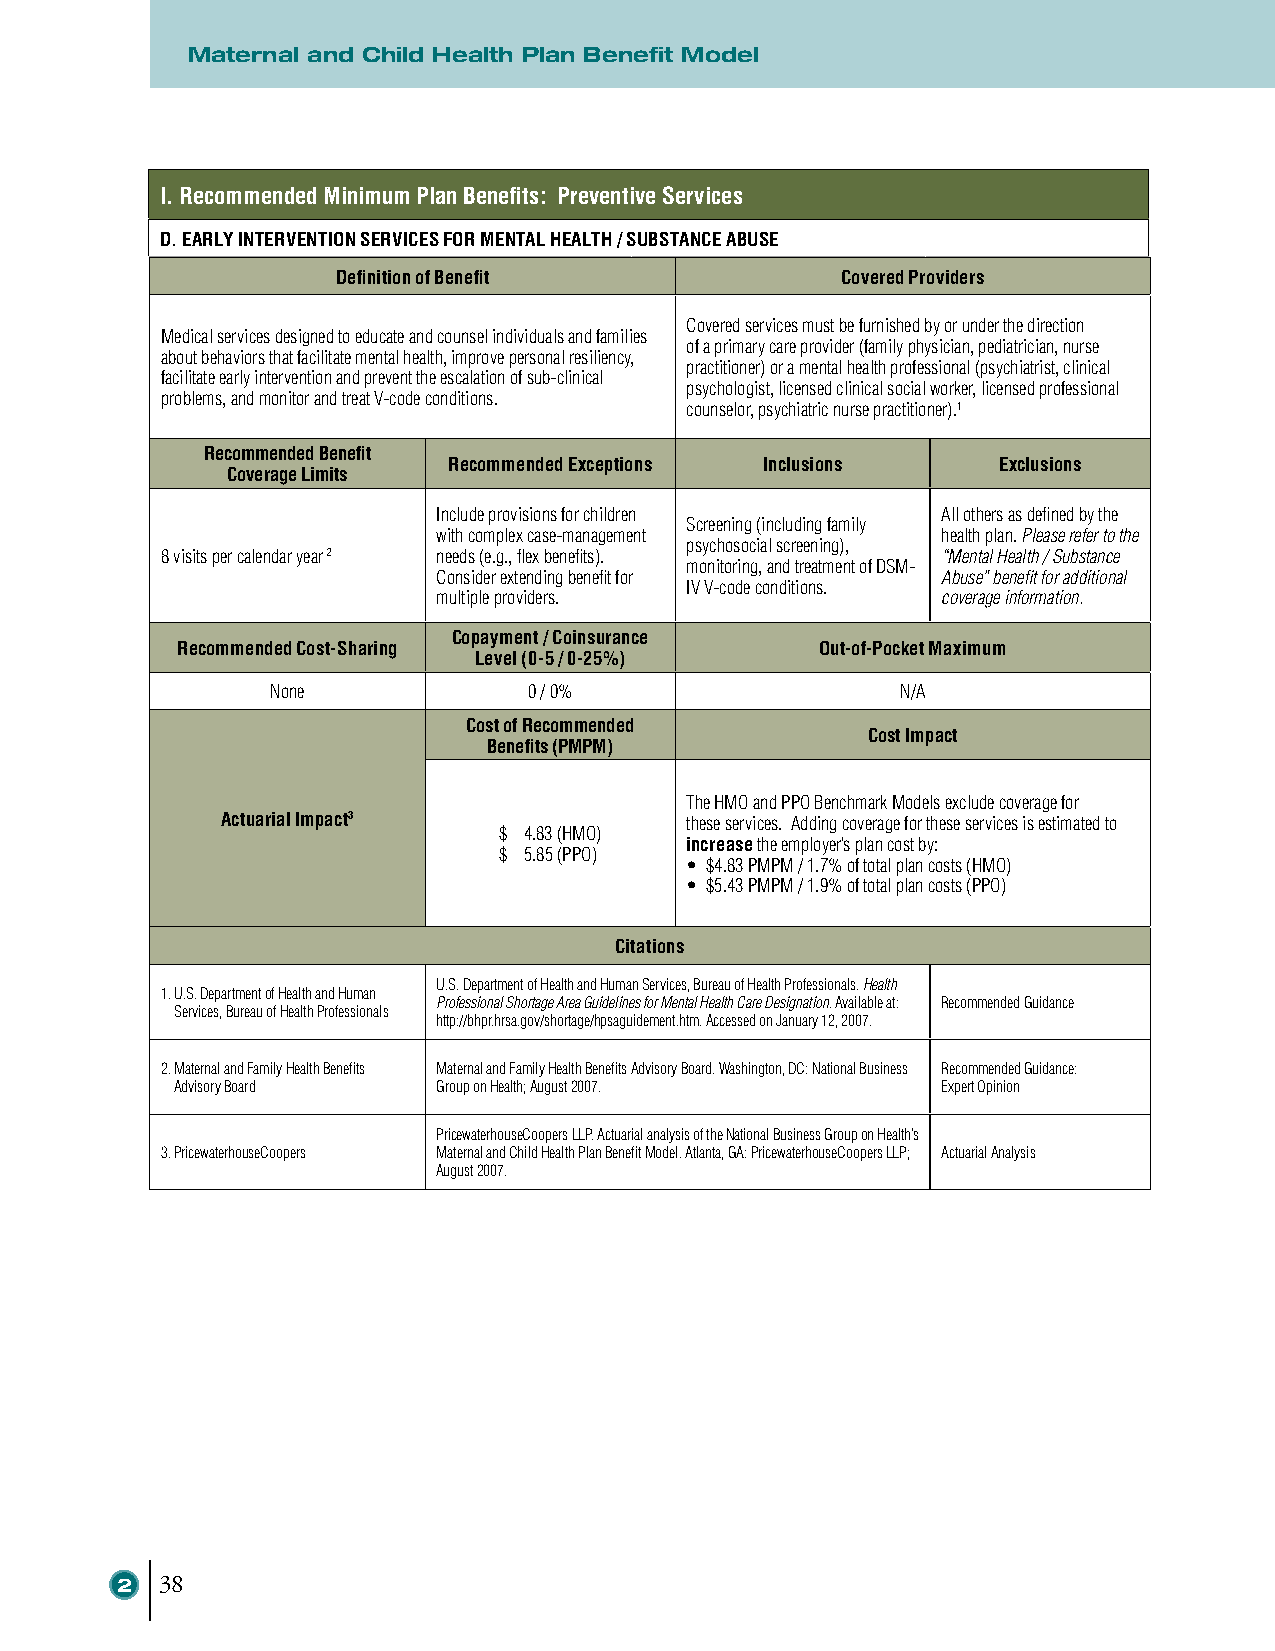
Maternal and Child Health Plan Benefit Model
 I. Recommended Minimum Plan Benefits: Preventive Services
 D. EARLY INTERVENTION SERVICES FOR MENTAL HEALTH / SUBSTANCE ABUSE
 Definition of Benefit             Covered Providers
 Covered services must be furnished by or under the direction
 Medical services designed to educate and counsel individuals and families
 of a primary care provider (family physician, pediatrician, nurse
 about behaviors that facilitate mental health, improve personal resiliency,
 practitioner) or a mental health professional (psychiatrist, clinical
 facilitate early intervention and prevent the escalation of sub-clinical
 psychologist, licensed clinical social worker, licensed professional
 problems, and monitor and treat V-code conditions.
 counselor, psychiatric nurse practitioner).1
 Recommended Benefit
 Recommended Exceptions Inclusions   Exclusions
 Coverage Limits
 Include provisions for children  All others as defined by the
 Screening (including family
 with complex case-management     health plan. Please refer to the
 psychosocial screening),
 8 visits per calendar year 2 needs (e.g., flex benefits). “Mental Health / Substance
 monitoring, and treatment of DSM-
 Consider extending benefit for   Abuse” benefit for additional
 IV V-code conditions.
 multiple providers.              coverage information.
 Copayment / Coinsurance
 Recommended Cost-Sharing                  Out-of-Pocket Maximum
 Level (0-5 / 0-25%)
 None             0 / 0%                   N/A
 Cost of Recommended
 Cost Impact
 Benefits (PMPM)
 The HMO and PPO Benchmark Models exclude coverage for
 Actuarial Impact3             these services. Adding coverage for these services is estimated to
 $ 4.83 (HMO)
 increase the employer’s plan cost by:
 $ 5.85 (PPO)
 • $4.83 PMPM / 1.7% of total plan costs (HMO)
 • $5.43 PMPM / 1.9% of total plan costs (PPO)
 Citations
 U.S. Department of Health and Human Services, Bureau of Health Professionals. Health
 1. U.S. Department of Health and Human
 Professional Shortage Area Guidelines for Mental Health Care Designation. Available at: Recommended Guidance
 Services, Bureau of Health Professionals
 http://bhpr.hrsa.gov/shortage/hpsaguidement.htm. Accessed on January 12, 2007.
 2. Maternal and Family Health Benefits Maternal and Family Health Benefits Advisory Board. Washington, DC: National Business Recommended Guidance:
 Advisory Board   Group on Health; August 2007.    Expert Opinion
 PricewaterhouseCoopers LLP. Actuarial analysis of the National Business Group on Health’s
 3. PricewaterhouseCoopers Maternal and Child Health Plan Benefit Model. Atlanta, GA: PricewaterhouseCoopers LLP; Actuarial Analysis
 August 2007.
 2  38